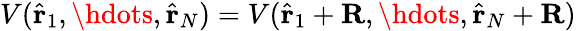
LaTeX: V(\hat{\mathbf{r}}_{1},\hdots,\hat{\mathbf{r}}_{N})=V(\hat{\mathbf{r}}_{1}+\mathbf{R},\hdots,\hat{\mathbf{r}}_{N}+\mathbf{R})